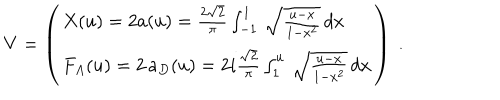
LaTeX: V = \left( \begin{array} { l } { { X ( u ) = 2 a ( u ) = \frac { 2 \sqrt { 2 } } { \pi } \int _ { - 1 } ^ { 1 } \, \sqrt { \frac { u - x } { 1 - x ^ { 2 } } } \, d x } } \\ { { F _ { A } ( u ) = 2 \, a _ { D } ( u ) = 2 i \frac { \sqrt { 2 } } { \pi } \int _ { 1 } ^ { u } \, \sqrt { \frac { u - x } { 1 - x ^ { 2 } } } \, d x } } \\ \end{array} \right) \ .